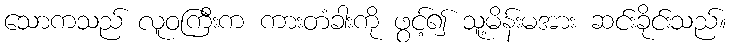
သောကသည် လူဝကြီးက ကားတံခါးကို ဖွင့်၍ သူ့မိန်းမအား ဆင်းခိုင်းသည်။